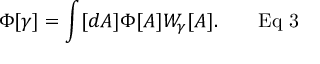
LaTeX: \Phi [ \gamma ] = \int [ d A ] \Phi [ A ] W _ { \gamma } [ A ] . \qquad { \mathrm { E q ~ 3 } }